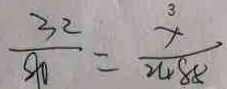
\frac { 3 2 } { 9 0 } = \frac { x } { 2 4 8 8 }